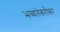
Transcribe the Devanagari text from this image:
भव्यतेबरोबर